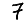
Digit: 7